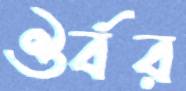
ঔর্বর